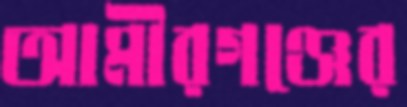
আমীরগঞ্জের